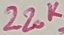
Text: 220K